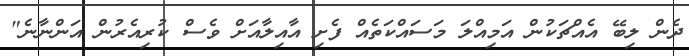
ދެން ލިބޭ އެއްޗަކުން އަމިއްލަ މަސައްކަތެއް ފެށި އާއިލާއަށް ވެސް ކުރިއެރުން އަންނާނެ"